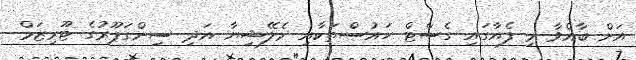
އަށް ބާއްވާ މި ފެއާގައި ގެސްޓް ހައުސްތަކާއި މެލޭޝިޔާ އަދި ސިންގަޕޫރުގެ ޓޫރިޒަމް